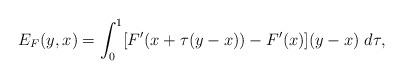
LaTeX: \begin{align*} E_{F}(y,x)=\int_0 ^1 [F'(x+\tau(y-x))-F'(x)](y-x)\; d\tau, \end{align*}